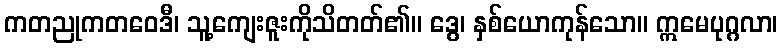
ကတညုကတဝေဒီ၊ သူ့ကျေးဇူးကိုသိတတ်၏။ ဒွေ၊ နှစ်ယောကုန်သော။ ဣမေပုဂ္ဂလာ၊